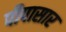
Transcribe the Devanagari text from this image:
पीपासार